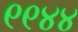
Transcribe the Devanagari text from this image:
९९४४